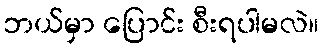
ဘယ်မှာ ပြောင်း စီးရပါမလဲ။